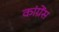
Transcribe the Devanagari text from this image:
कांग्रेंस